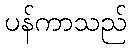
ပန်ကာသည်